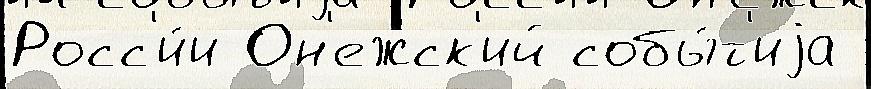
Росс'и́и Он'ежск'ий собы́т'иjа